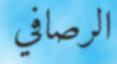
الرصافي